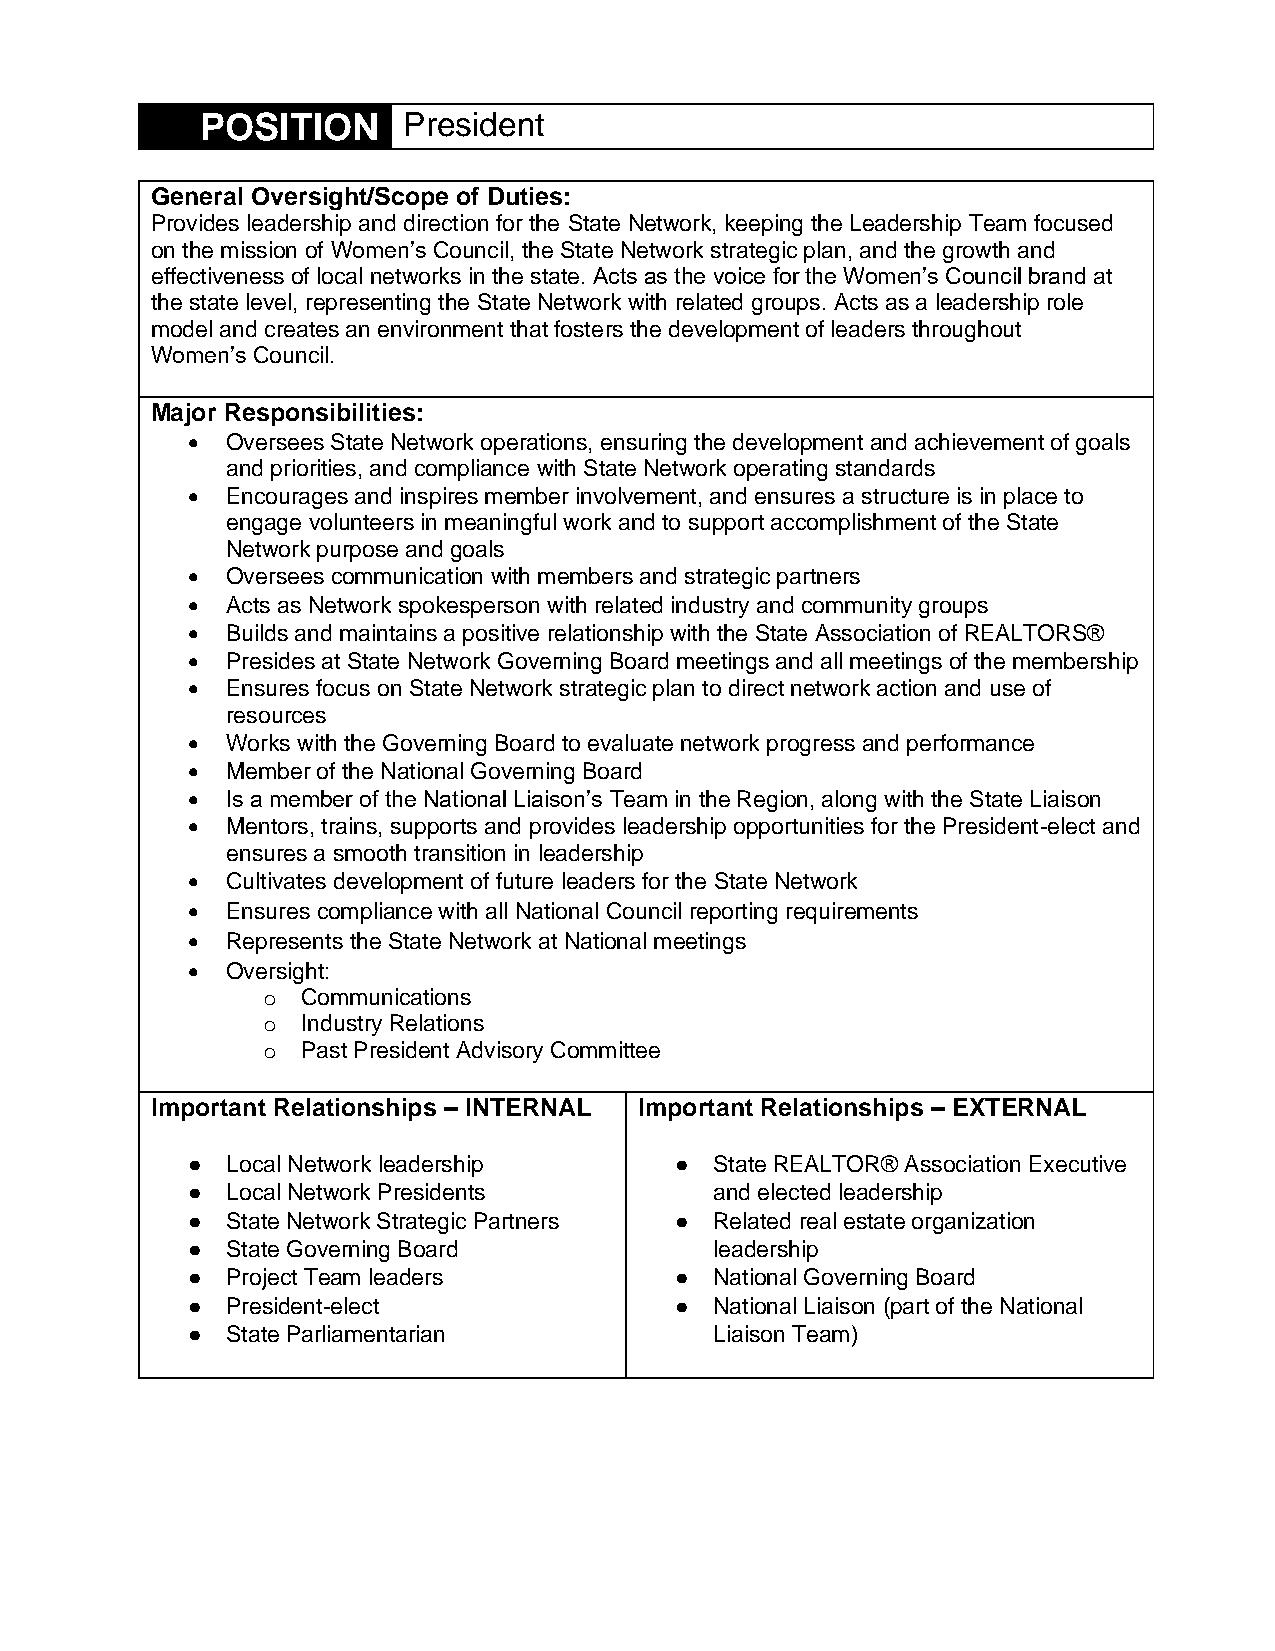
POSITION      President
 General Oversight/Scope of Duties:
 Provides leadership and direction for the State Network, keeping the Leadership Team focused
 on the mission of Women’s Council, the State Network strategic plan, and the growth and
 effectiveness of local networks in the state. Acts as the voice for the Women’s Council brand at
 the state level, representing the State Network with related groups. Acts as a leadership role
 model and creates an environment that fosters the development of leaders throughout
 Women’s Council.
 Major Responsibilities:
 •  Oversees State Network operations, ensuring the development and achievement of goals
 and priorities, and compliance with State Network operating standards
 •  Encourages and inspires member involvement, and ensures a structure is in place to
 engage volunteers in meaningful work and to support accomplishment of the State
 Network purpose and goals
 •  Oversees communication with members and strategic partners
 •  Acts as Network spokesperson with related industry and community groups
 •  Builds and maintains a positive relationship with the State Association of REALTORS®
 •  Presides at State Network Governing Board meetings and all meetings of the membership
 •  Ensures focus on State Network strategic plan to direct network action and use of
 resources
 •  Works with the Governing Board to evaluate network progress and performance
 •  Member of the National Governing Board
 •  Is a member of the National Liaison’s Team in the Region, along with the State Liaison
 •  Mentors, trains, supports and provides leadership opportunities for the President-elect and
 ensures a smooth transition in leadership
 •  Cultivates development of future leaders for the State Network
 •  Ensures compliance with all National Council reporting requirements
 •  Represents the State Network at National meetings
 •  Oversight:
 o  Communications
 o  Industry Relations
 o  Past President Advisory Committee
 Important Relationships – INTERNAL Important Relationships – EXTERNAL
 ●  Local Network leadership      ● State REALTOR® Association Executive
 ●  Local Network Presidents        and elected leadership
 ●  State Network Strategic Partners ● Related real estate organization
 ●  State Governing Board           leadership
 ●  Project Team leaders          ● National Governing Board
 ●  President-elect               ● National Liaison (part of the National
 ●  State Parliamentarian           Liaison Team)